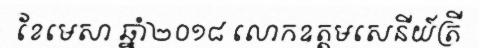
ខែមេសា ឆ្នាំ២០១៨ លោកឧត្តមសេនីយ៍ត្រី